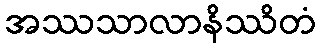
အဿသာလာနိဿိတံ